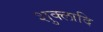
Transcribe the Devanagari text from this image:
शुक्लादि